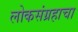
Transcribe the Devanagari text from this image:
लोकसंग्रहाचा